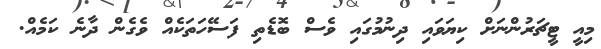
މިއީ ޓީޗަރުންނަށް ކިޔަވައި ދިނުމުގައި ވެސް ބޮޑެތި ފަސޭހަތަކެއް ވެގެން ދާނެ ކަމެއް.